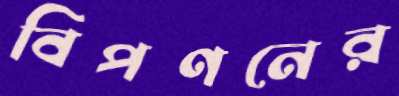
বিপণনের